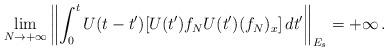
LaTeX: \begin{align*} \lim_{N\rightarrow +\infty}\left\| \int_0^t U(t-t')[U(t')f_NU(t')(f_N)_x]\, dt' \right\|_{E_s}=+\infty \,.\end{align*}